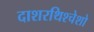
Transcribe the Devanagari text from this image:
दाशरथिश्‍चेशो